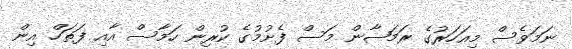
ނަމަވެސް މިއަހަރުގެ ރަމަޟާން މަސް ފެށުމުގެ ކުރިން ހަމާސް އާއި ފަތަހް އިން